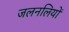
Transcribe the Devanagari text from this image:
जलनलियों